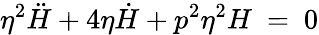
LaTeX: \eta^{2}\ddot{H}+4\eta\dot{H}+p^{2}\eta^{2}H~=~0